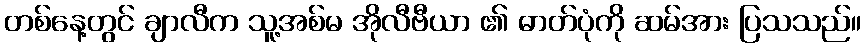
တစ်နေ့တွင် ချာလီက သူ့အစ်မ အိုလီဗီယာ ၏ ဓာတ်ပုံကို ဆမ်အား ပြသသည်။